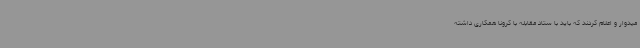
میدوار و اعلام کردند که باید با ستاد مقابله با کرونا همکاری داشته